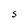
Character: S